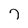
Character: 7